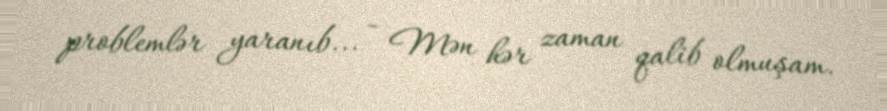
problemlər yaranıb... - Mən hər zaman qalib olmuşam.